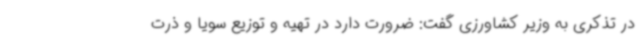
در تذکری به وزیر کشاورزی گفت: ضرورت دارد در تهیه و توزیع سویا و ذرت